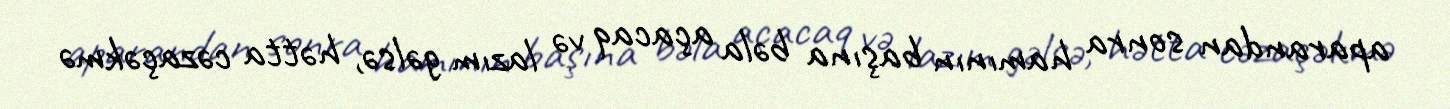
aparandan sonra hamının başına bəla açacaq və lazım gəlsə, hətta cəzaçəkmə